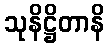
သုနိဋ္ဌိတာနိ